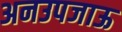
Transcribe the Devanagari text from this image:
अनउपजाऊ